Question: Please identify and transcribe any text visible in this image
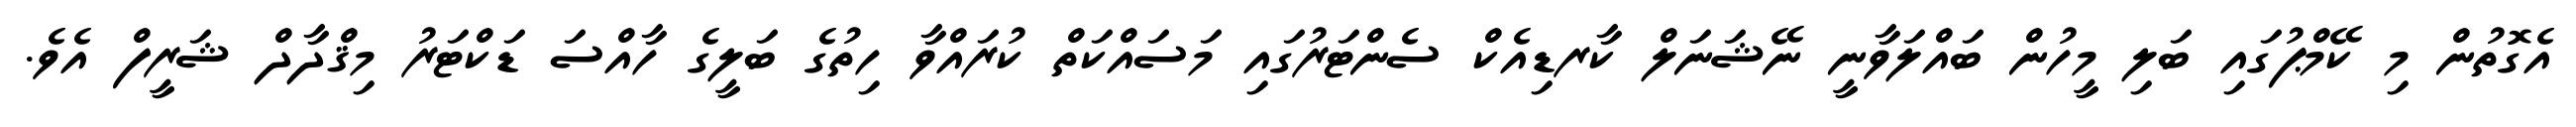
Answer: އެގޮތުން މި ކޭމްޕުގައި ބަލި މީހުން ބައްލަވާނީ ނޭޝަނަލް ކާރޑިއެކް ސެންޓަރުގައި މަސައްކަތް ކުރައްވާ ހިތުގެ ބަލީގެ ހާއްސަ ޑަކްޓަރު މިޤްދާދް ޝަރީފް އެވެ.